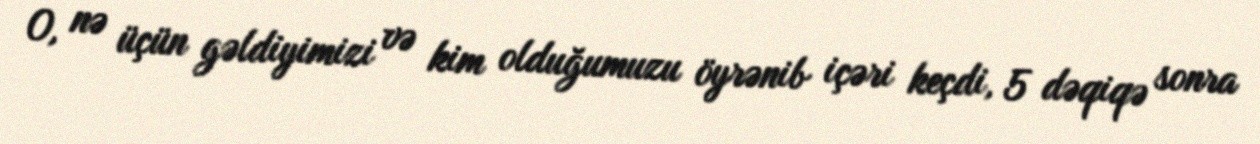
O, nə üçün gəldiyimizi və kim olduğumuzu öyrənib içəri keçdi, 5 dəqiqə sonra